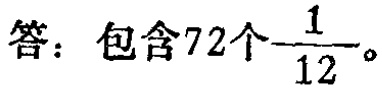
答：包含72个$\frac{1}{12}$。